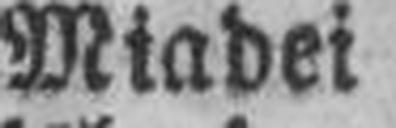
Miadei